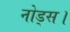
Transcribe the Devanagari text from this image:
नोड्स।